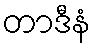
တာဒီနံ